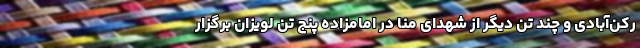
رکن‌آبادی و چند تن دیگر از شهدای منا در امامزاده پنج تن لویزان برگزار